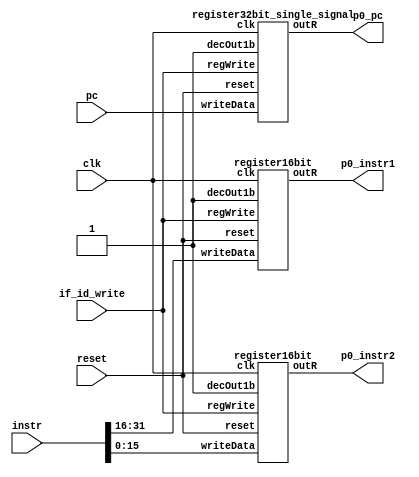
//CONTROL SIGNALS STILL LEFT
//NOOP, BUBBLE MAY REQUIRE REGWRITE, DECOUT SIGNALS
//HARDCODED 1s GIVEN RIGHT NOW
//(clk, reset, regWrite, decOut, writeData, outR)

module IF_ID(input clk, input reset,input if_id_write,  input [31:0] pc, input [31:0] instr,output [31:0] p0_pc, output [15:0] p0_instr1, output [15:0] p0_instr2);
	
	register32bit_single_signal pc_in(clk, reset, if_id_write, 1'b1, pc, p0_pc); //doubt for signals

	register16bit instr_1_in(clk, reset, if_id_write, 1'b1, instr[31:16], p0_instr1);

	register16bit instr_2_in(clk, reset, if_id_write, 1'b1, instr[15:0], p0_instr2);
endmodule

module ID_EX(input clk, input reset, input [31:0] imm, input [31:0] reg_rd, input [31:0] reg_rm, input [31:0] reg_rn, 
	input [31:0] reg_rd2, input [31:0] reg_rn2,input [2:0] rd, input [2:0] rm, input [2:0] rn, input [2:0] aluOp, input [1:0] aluSrc, input memRead,input memWrite,input regWrite1,input regWrite2,
	input [2:0] rd2, input [2:0] rn2, input [31:0] offset, input [3:0] flag, input causeWrite,input p0_op11,input p0_op12,
	output [31:0] p1_imm, output [31:0] p1_reg_rd, output [31:0] p1_reg_rm, output [31:0] p1_reg_rn, 
	output [31:0] p1_reg_rd2, output [31:0] p1_reg_rn2,output [2:0] p1_rd, output [2:0] p1_rm, output [2:0] p1_rn, output p1_causeWrite,
	output [2:0] p1_rd2, output [2:0] p1_rn2, output [31:0] p1_offset,output [3:0] p1_flag, output [2:0] p1_aluOp, output [1:0] p1_aluSrc, output p1_memRead,output p1_memWrite,output p1_regWrite1,output p1_regWrite2,output p1_op11,output p1_op12);
	
	register32bit_single_signal imm1( clk, reset, 1'b1, 1'b1, imm, p1_imm);

	register32bit_single_signal r_rd( clk, reset, 1'b1, 1'b1, reg_rd,  p1_reg_rd );
	register32bit_single_signal r_rn( clk, reset, 1'b1, 1'b1, reg_rn,  p1_reg_rn );
	register32bit_single_signal r_rm( clk, reset, 1'b1, 1'b1, reg_rm,  p1_reg_rm );


	register32bit_single_signal r_rn2( clk, reset, 1'b1, 1'b1, reg_rn2,  p1_reg_rn2 );
	register32bit_single_signal r_rd2( clk, reset, 1'b1, 1'b1, reg_rd2,  p1_reg_rd2 );

	register32bit_single_signal off( clk, reset, 1'b1, 1'b1, offset,  p1_offset );
	register3bit d( clk, reset, 1'b1, 1'b1, rd,  p1_rd );
	register3bit m( clk, reset, 1'b1, 1'b1, rm,  p1_rm );
	register3bit n( clk, reset, 1'b1, 1'b1, rn,  p1_rn );
	register3bit n2( clk, reset, 1'b1, 1'b1, rn2,  p1_rn2 );
	register3bit d2( clk, reset, 1'b1, 1'b1, rd2,  p1_rd2 );

	register1bit op11(clk, reset, 1'b1,1'b1, p0_op11, p1_op11);
	register1bit op12(clk, reset, 1'b1,1'b1, p0_op12, p1_op12);

	register3bit alOp( clk, reset, 1'b1, 1'b1, aluOp,  p1_aluOp);
	register2bit aluSc( clk, reset, 1'b1,1'b1, aluSrc, p1_aluSrc );
	register1bit memRd(clk, reset, 1'b1,1'b1, memRead, p1_memRead);
	register1bit memWt(clk, reset, 1'b1,1'b1, memWrite, p1_memWrite);
	register1bit regWt1(clk, reset, 1'b1,1'b1, regWrite1, p1_regWrite1);
	register1bit regWt2(clk, reset, 1'b1,1'b1, regWrite2, p1_regWrite2);
	register1bit cause(clk, reset, 1'b1,1'b1, causeWrite, p1_causeWrite);
	register4bit flg(clk, reset, 1'b1,1'b1,flag,p1_flag);
	endmodule

module EX_MEM(input clk, input reset, input [2:0] p1_rd1, input [31:0] aluOut, input [3:0] p1_flag, input [31:0] adderOut, input [2:0] p1_rd2, 
input [2:0] p1_aluOp, input [1:0] p1_aluSrc, input p1_memRead,input p1_memWrite,input p1_regWrite1,input p1_regWrite2,input [31:0] p1_reg_rd2,
output [2:0] p2_rd1, output [31:0] p2_aluOut, output [31:0] p2_adderOut, output [2:0] p2_rd2,output [3:0] p2_flag, output [2:0] p2_aluOp, 
output [1:0] p2_aluSrc, output p2_memRead,output p2_memWrite,output p2_regWrite1,output p2_regWrite2, output [31:0] p2_reg_rd2);

	register3bit d1( clk, reset, 1'b1, 1'b1, p1_rd1, p2_rd1);
	register32bit_single_signal alu1( clk, reset, 1'b1, 1'b1, aluOut, p2_aluOut );
	register4bit fl( clk,  reset,  1'b1,  1'b1, p1_flag, p2_flag );
	register32bit_single_signal alu2( clk, reset, 1'b1, 1'b1, adderOut, p2_adderOut );
	register3bit d2( clk, reset, 1'b1, 1'b1, p1_rd2, p2_rd2 );
	register32bit_single_signal reg_d2( clk, reset, 1'b1, 1'b1, p1_reg_rd2, p2_reg_rd2 );
	register3bit alOp( clk, reset, 1'b1, 1'b1, p1_aluOp,  p2_aluOp);
	register2bit aluSc( clk, reset, 1'b1,1'b1, p1_aluSrc,p2_aluSrc  );
	register1bit memRd(clk, reset, 1'b1,1'b1, p1_memRead, p2_memRead);
	register1bit memWt(clk, reset, 1'b1,1'b1, p1_memWrite, p2_memWrite);
	register1bit regWt1(clk, reset, 1'b1,1'b1, p1_regWrite1, p2_regWrite1);
	register1bit regWt2(clk, reset, 1'b1,1'b1, p1_regWrite2, p2_regWrite2);
endmodule

module MEM_WB(input clk, input reset, input [2:0] p2_rd1, input [31:0] p2_aluOut, input [3:0] p2_flag, input [31:0] memOut, input [2:0] p2_rd2,
input p2_regWrite1,input p2_regWrite2,
output [2:0] p3_rd1, output [31:0] p3_aluOut, output [3:0] p3_flag, output [31:0] p3_memOut, output [2:0] p3_rd2,output p3_regWrite1,output p3_regWrite2);

	register3bit rd( clk, reset, 1'b1, 1'b1, p2_rd1, p3_rd1 );
	register32bit_single_signal alu1( clk, reset, 1'b1, 1'b1, p2_aluOut, p3_aluOut );
	register4bit fl( clk,  reset,  1'b1,  1'b1, p2_flag, p3_flag );
	register32bit_single_signal alu2( clk, reset, 1'b1, 1'b1, memOut, p3_memOut );
	register3bit rd2( clk, reset, 1'b1, 1'b1, p2_rd2, p3_rd2 );
	register1bit regWt1(clk, reset, 1'b1,1'b1, p2_regWrite1, p3_regWrite1);
	register1bit regWt2(clk, reset, 1'b1,1'b1, p2_regWrite2, p3_regWrite2);
	
endmodule

module zext5_to_32(input [4:0] offset,output reg [31:0] zero_ext_offset);
	always@(offset)
		begin
			zero_ext_offset={{27{1'b0}},offset};
		end

endmodule

module zext16_to_32(input [15:0] offset,output reg [31:0] zero_ext_offset);
	always@(offset)
		begin
			zero_ext_offset={{16{1'b0}},offset};
		end

endmodule


module sext11_to_28(input [10:0] offset,output reg [27:0] zero_ext_offset);
	always@(offset)
		begin
			zero_ext_offset={{17{offset[10]}},offset};
		end

endmodule

module sext8_to_32(input [7:0] offset,output reg [31:0] zero_ext_offset);
	always@(offset)
		begin
			zero_ext_offset={{24{offset[7]}},offset};
		end
endmodule

 module mux_2_to_1(input [31:0] line1,input[31:0] line2,input select,output reg [31:0] muxOut); 
   always @ (line1,line2,select) begin
     case(select)
       1'b0 : muxOut = line1;
       1'b1 : muxOut = line2;
     endcase
   end
 endmodule

 module mux_3_to_1(input [31:0] line1,input[31:0] line2,input[31:0] line3,input [1:0] select,output reg [31:0] muxOut); 
   always @ (line1,line2,line3,select) begin
     case(select)
       2'b00 : muxOut = line1;
       2'b01 : muxOut = line2;
       2'b10 : muxOut = line3;
     endcase
   end
 endmodule

module mux_4_to_1(input [31:0] line1,input[31:0] line2,input[31:0] line3,input[31:0] line4,input [1:0] select,output reg [31:0] muxOut); 
   always @ (line1,line2,line3,line4,select) begin
     case(select)
       2'b00 : muxOut = line1;
       2'b01 : muxOut = line2;
       2'b10 : muxOut = line3;
       2'b11: muxOut=line4;
     endcase
   end
 endmodule



 module shiftleft_1bit(input [31:0] zero_ext_offset,output reg [31:0] left_shifted_zero_extended_offset);
 	always@(zero_ext_offset)
 	begin
 		left_shifted_zero_extended_offset=zero_ext_offset<<1;

 	end
 endmodule

 module shiftleft_2bit(input [27:0] sign_ext_offset,output reg [27:0] left_shifted_sign_extended_offset);
 	always@(sign_ext_offset)
 	begin
 		left_shifted_sign_extended_offset=sign_ext_offset<<2;

 	end
 endmodule
 
 module shiftleft_2bit_32(input [31:0] sign_ext_offset,output reg [31:0] left_shifted_sign_extended_offset);
 	always@(sign_ext_offset)
 	begin
 		left_shifted_sign_extended_offset=sign_ext_offset<<2;

 	end
 endmodule

//in top module modify neg flag with msb of memOut
module ctrlCkt	(	input [4:0] opcode1,input [4:0] opcode2, input negFlag, input overflowFlag,input [1:0] func, output reg [2:0] aluOp,
output reg [1:0] aluSrcSet1,output reg regWrite2, output reg memRead, output reg memWrite, output reg [1:0] pcSrc, output reg regWrite1, 
output reg exFlush, output reg ifFlush, output reg idFlush, output reg causeWrite);
	
	always@(opcode1 or opcode2 or negFlag or overflowFlag or func)
	    begin
	      idFlush = 0;
	      ifFlush = 0;
	      exFlush = 0;
	      pcSrc=2'b00;
	      causeWrite = 0;
		case(opcode1)
			5'b00011:
			begin
				//000 for add
				if(func == 2'b00) aluOp=3'b000;
				//001 for sub
				if(func == 2'b01) aluOp=3'b001;
				aluSrcSet1=2'b00; //for Rm
				
				regWrite1 = 1;
				if(overflowFlag == 1)
	    begin
	      idFlush = 1;
	      ifFlush = 1;
	      exFlush = 1;
	      causeWrite = 0;
	      pcSrc = 2'b11;
	    end
			end
			5'b00010:
			begin
				//010 for shift
				aluOp=3'b010;
				aluSrcSet1=2'b01; // for Immediate
				
				regWrite1 = 1;
				if(overflowFlag == 1)
	    begin
	      idFlush = 1;
	      ifFlush = 1;
	        exFlush = 1;
	      causeWrite = 0;
	      pcSrc = 2'b11;
	    end
			end
			5'b01000:
			begin
				
				if(func == 2'b00) 
				begin
					//011 for tst
					aluOp=3'b011;
					regWrite1 = 0;
				end
				
				if(func == 2'b01)
				begin
					//100 for bic
					aluOp=3'b100;
					regWrite1 = 1;
				end
				aluSrcSet1=2'b10; // for Rd
				if(overflowFlag == 1)
	    begin
	      idFlush = 1;
	      ifFlush = 1;
	        exFlush = 1;
	      causeWrite = 0;
	      pcSrc = 2'b11;
	    end
			end
			5'b00000:
				  begin
				    aluOp=3'b000;
				    aluSrcSet1=2'b00;
						regWrite1=0;
						if(overflowFlag == 1)
	    begin
	      idFlush = 1;
	      ifFlush = 1;
	        exFlush = 1;
	      causeWrite = 0;
	      pcSrc = 2'b11;
	    end
					end
			default:
				begin
						causeWrite=1;
						pcSrc = 2'b11;
						ifFlush = 1;
						  idFlush = 1;
				end
		endcase
		case(opcode2)
			//for second set
					//regDst is always Rd in set2
				5'b01111:		
					begin
						memRead=1;
						memWrite=0;
						regWrite2=1;
						if(overflowFlag == 1)
	    begin
	      idFlush = 1;
	      ifFlush = 1;
	        exFlush = 1;
	      causeWrite = 0;
	      pcSrc = 2'b11;
	    end
					end
				5'b01110:
					begin
						memRead=0;
						memWrite=1;
						regWrite2=0;
						if(overflowFlag == 1)
	    begin
	      idFlush = 1;
	      ifFlush = 1;
	        exFlush = 1;
	      causeWrite = 0;
	      pcSrc = 2'b11;
	    end
					end
				5'b11110:
					begin
						memRead=0;
						memWrite=0;
						regWrite2=0;
						ifFlush = 1;
						//01 for jump
						if(pcSrc == 2'b00)
						pcSrc=2'b01;
						if(overflowFlag == 1)
	    begin
	      idFlush = 1;
	      ifFlush = 1;
	        exFlush = 1;
	      causeWrite = 0;
	      pcSrc = 2'b11;
	    end
					end
				5'b11010:
					begin
						memRead=0;
						memWrite=0;
						regWrite2=0;
						//10 for branch
						
						if(negFlag==0 && pcSrc == 2'b00) pcSrc=2'b10;
						  if(overflowFlag == 1)
	    begin
	      idFlush = 1;
	      ifFlush = 1;
	        exFlush = 1;
	      causeWrite = 0;
	      pcSrc = 2'b11;
	    end
					end
				5'b00000:
				  begin
				    memRead=0;
						memWrite=0;
						regWrite2=0;
						
						if(overflowFlag == 1)
	    begin
	      idFlush = 1;
	      ifFlush = 1;
	        exFlush = 1;
	      causeWrite = 0;
	      pcSrc = 2'b11;
	    end
	    end
				default:
				begin
						causeWrite=1;
						pcSrc=2'b11;
						ifFlush=1;
						  idFlush=1;
						
				end
		endcase
	
		
	 end
endmodule

module alu(input [31:0] aluIn1, input [31:0] aluIn2, input [3:0] flagIn, input [2:0] aluOp,input p1_regWrite, output reg[31:0] aluOut, 
output reg[3:0] flagOut);
//order - N,Z,C,V
reg [32:0] temp;
reg [31:0] temp2;
always @ (aluIn1 or aluIn2 or aluOp or flagIn or p1_regWrite)
	begin
		flagOut = flagIn;
		if(p1_regWrite==0 && aluOp == 3'b0)
		  aluOut= 32'b0;
		else
		begin
		case(aluOp)
			3'b000: begin //ADD
				temp = aluIn1 + aluIn2;
				aluOut = aluIn1 + aluIn2;
				if(aluIn1[31]==0 && aluIn2[31]==0 && aluOut[31]==1) flagOut[0] = 1;//0 - V flag
				else if(aluIn1[31]==1 && aluIn2[31]==1 && aluOut[31]==0) flagOut[0] = 1;//0 - V flag
				else flagOut[0] = 0;
				if(temp[32]==1) flagOut[1] = 1;//1 - C flag
				else flagOut[1] = 0;
				if(aluOut == {32{1'b0}}) flagOut[2] = 1;//2 - Z flag
				else flagOut[2] = 0;
				if(aluOut[31] == 1) flagOut[3] = 1;//3 - N flag
				else flagOut[3] = 0;
				end
			3'b001: begin 
				//rd=rn-rm
				aluOut = aluIn1 - aluIn2;
				if(aluIn1[31]==1 && aluIn2[31]==0 && aluOut[31]==0) flagOut[0] = 1;//0 - V flag
				else if(aluIn1[31]==0 && aluIn2[31]==1 && aluOut[31]==1) flagOut[0] = 1;//0 - V flag
				else flagOut[0] = 0;
				if(aluIn1 < aluIn2) flagOut[1] = 1;//1 - C flag
				else flagOut[1] = 0;
				if(aluOut == {32{1'b0}}) flagOut[2] = 1;//2 - Z flag
				else flagOut[2] = 0;
				if(aluOut[31] == 1) flagOut[3] = 1;//3 - N flag
				else flagOut[3] = 0;
				end
			3'b010: begin
				//rn>>>imm
				aluOut = aluIn1 >>> aluIn2;
				temp2 = (aluIn2 - 1)%32;
				//CHECK!!
				flagOut[1] = aluIn2[temp2];//1 - C flag
				//
				if(aluOut == {32{1'b0}}) flagOut[2] = 1;//2 - Z flag
				else flagOut[2] = 0;
				if(aluOut[31] == 1) flagOut[3] = 1;//3 - N flag
			  else flagOut[3] = 0;
				end
			3'b011: begin
				
				aluOut = aluIn1 & aluIn2;
				//check this
				if(aluOut == {32{1'b0}}) flagOut[2] = 1;//2 - Z flag
				else flagOut[2] = 0;
				//if(aluOut[31] == 1) flagOut[3] = 1;//3 - N flag
				//else flagOut[3] = 0;
				end
			3'b100: begin
				aluOut = aluIn2 & (~aluIn1);
				//check this
				if(aluOut == {32{1'b0}}) flagOut[2] = 1;//2 - Z flag
				else flagOut[2] = 0;
				if(aluOut[31] == 1) flagOut[3] = 1;//3 - N flag
				else flagOut[3] = 0;
				end
		endcase
		end
		end
endmodule



module hazard_detection_unit(input [4:0] opcode2, input id_ex_memread, input id_ex_regWrite1,input[2:0] id_ex_Rd2,input [2:0] if_id_Rn1,
input [2:0] if_id_Rm1, input [2:0] if_id_Rd1, input [2:0] if_id_Rn2, input opcode_11,input opcode_12,output reg pcWrite,output reg if_id_write,
output reg ex_id_control);
	always@(id_ex_memread or id_ex_Rd2 or if_id_Rn1 or if_id_Rm1 or if_id_Rd1 or id_ex_Rd2 or if_id_Rn2 or opcode2 or id_ex_regWrite1)
		begin
		if_id_write=1;
		ex_id_control=0;//mux 	
		pcWrite=1;
		//included 2 stalls before each branch
		if((id_ex_memread && id_ex_Rd2==if_id_Rn1)||(id_ex_memread && id_ex_Rd2==if_id_Rm1&& opcode_11==1)||(id_ex_memread && id_ex_Rd2==if_id_Rd1 &&opcode_12==0)
		||(id_ex_memread && id_ex_Rd2==if_id_Rn2)||((id_ex_regWrite1) && opcode2 == 5'b11010))
			begin
				if_id_write=0;
				ex_id_control=1;//mux 	
				pcWrite=0;
			end	
		end 	
	
endmodule

//D flip flop
module D_ff (input clk, input reset, input regWrite, input decOut1b, input d, output reg q);
	always @ (negedge clk)
	begin
	if(reset==1'b1)
		q=0;
	else
		if(regWrite == 1'b1 && decOut1b==1'b1) begin q=d; end
		
	end
endmodule

module D_ff_regset (input clk, input reset, input regWrite_set1,input regWrite_set2, input decOut1b_set1,input decOut1b_set2, input init,
input d_s1,input d_s2, output reg q);
	always @ (posedge clk)
	begin
	if(reset==1'b1)
		q=init;
	else
		if(regWrite_set1 == 1'b1 && decOut1b_set1==1'b1) begin q=d_s1; end

		if(regWrite_set2 == 1'b1 && decOut1b_set2==1'b1) begin q=d_s2; end	
	end
endmodule

module register1bit( input clk, input reset, input regWrite, input decOut1b, input  writeData, output  outR );
	D_ff d0(clk, reset, regWrite, decOut1b, writeData, outR);
endmodule


module register2bit( input clk, input reset, input regWrite, input decOut1b, input[1:0] writeData, output[1:0]  outR );
	D_ff d0(clk, reset, regWrite, decOut1b, writeData[0], outR[0]);
	D_ff d1(clk, reset, regWrite, decOut1b, writeData[1], outR[1]);
	
endmodule


module register3bit( input clk, input reset, input regWrite, input decOut1b, input[2:0]  writeData, output[2:0]  outR );
	D_ff d0(clk, reset, regWrite, decOut1b, writeData[0], outR[0]);
	D_ff d1(clk, reset, regWrite, decOut1b, writeData[1], outR[1]);
	D_ff d2(clk, reset, regWrite, decOut1b, writeData[2], outR[2]);
	
endmodule

module register4bit( input clk, input reset, input regWrite, input decOut1b, input[3:0]  writeData, output[3:0]  outR );
	D_ff d0(clk, reset, regWrite, decOut1b, writeData[0], outR[0]);
	D_ff d1(clk, reset, regWrite, decOut1b, writeData[1], outR[1]);
	D_ff d2(clk, reset, regWrite, decOut1b, writeData[2], outR[2]);
	D_ff d3(clk, reset, regWrite, decOut1b, writeData[3], outR[3]);
	
endmodule

module register16bit( input clk, input reset, input regWrite, input decOut1b, input [15:0] writeData, output  [15:0] outR );
	D_ff d0(clk, reset, regWrite, decOut1b, writeData[0], outR[0]);
	D_ff d1(clk, reset, regWrite, decOut1b, writeData[1], outR[1]);
	D_ff d2(clk, reset, regWrite, decOut1b, writeData[2], outR[2]);
	D_ff d3(clk, reset, regWrite, decOut1b, writeData[3], outR[3]);
	D_ff d4(clk, reset, regWrite, decOut1b, writeData[4], outR[4]);
	D_ff d5(clk, reset, regWrite, decOut1b, writeData[5], outR[5]);
	D_ff d6(clk, reset, regWrite, decOut1b, writeData[6], outR[6]);
	D_ff d7(clk, reset, regWrite, decOut1b, writeData[7], outR[7]);
	D_ff d8(clk, reset, regWrite, decOut1b, writeData[8], outR[8]);
	D_ff d9(clk, reset, regWrite, decOut1b, writeData[9], outR[9]);
	D_ff d10(clk, reset, regWrite, decOut1b, writeData[10], outR[10]);
	D_ff d11(clk, reset, regWrite, decOut1b, writeData[11], outR[11]);
	D_ff d12(clk, reset, regWrite, decOut1b, writeData[12], outR[12]);
	D_ff d13(clk, reset, regWrite, decOut1b, writeData[13], outR[13]);
	D_ff d14(clk, reset, regWrite, decOut1b, writeData[14], outR[14]);
	D_ff d15(clk, reset, regWrite, decOut1b, writeData[15], outR[15]);
		
endmodule

module register32bit_single_signal( input clk, input reset, input regWrite, input decOut1b, input [31:0] writeData, output  [31:0] outR );
	D_ff d0(clk, reset, regWrite, decOut1b, writeData[0], outR[0]);
	D_ff d1(clk, reset, regWrite, decOut1b, writeData[1], outR[1]);
	D_ff d2(clk, reset, regWrite, decOut1b, writeData[2], outR[2]);
	D_ff d3(clk, reset, regWrite, decOut1b, writeData[3], outR[3]);
	D_ff d4(clk, reset, regWrite, decOut1b, writeData[4], outR[4]);
	D_ff d5(clk, reset, regWrite, decOut1b, writeData[5], outR[5]);
	D_ff d6(clk, reset, regWrite, decOut1b, writeData[6], outR[6]);
	D_ff d7(clk, reset, regWrite, decOut1b, writeData[7], outR[7]);
	D_ff d8(clk, reset, regWrite, decOut1b, writeData[8], outR[8]);
	D_ff d9(clk, reset, regWrite, decOut1b, writeData[9], outR[9]);
	D_ff d10(clk, reset, regWrite, decOut1b, writeData[10], outR[10]);
	D_ff d11(clk, reset, regWrite, decOut1b, writeData[11], outR[11]);
	D_ff d12(clk, reset, regWrite, decOut1b, writeData[12], outR[12]);
	D_ff d13(clk, reset, regWrite, decOut1b, writeData[13], outR[13]);
	D_ff d14(clk, reset, regWrite, decOut1b, writeData[14], outR[14]);
	D_ff d15(clk, reset, regWrite, decOut1b, writeData[15], outR[15]);
	D_ff d16(clk, reset, regWrite, decOut1b, writeData[16], outR[16]);
	D_ff d17(clk, reset, regWrite, decOut1b, writeData[17], outR[17]);
	D_ff d18(clk, reset, regWrite, decOut1b, writeData[18], outR[18]);
	D_ff d19(clk, reset, regWrite, decOut1b, writeData[19], outR[19]);
	D_ff d20(clk, reset, regWrite, decOut1b, writeData[20], outR[20]);
	D_ff d21(clk, reset, regWrite, decOut1b, writeData[21], outR[21]);
	D_ff d22(clk, reset, regWrite, decOut1b, writeData[22], outR[22]);
	D_ff d23(clk, reset, regWrite, decOut1b, writeData[23], outR[23]);
	D_ff d24(clk, reset, regWrite, decOut1b, writeData[24], outR[24]);
	D_ff d25(clk, reset, regWrite, decOut1b, writeData[25], outR[25]);
	D_ff d26(clk, reset, regWrite, decOut1b, writeData[26], outR[26]);
	D_ff d27(clk, reset, regWrite, decOut1b, writeData[27], outR[27]);
	D_ff d28(clk, reset, regWrite, decOut1b, writeData[28], outR[28]);
	D_ff d29(clk, reset, regWrite, decOut1b, writeData[29], outR[29]);
	D_ff d30(clk, reset, regWrite, decOut1b, writeData[30], outR[30]);
	D_ff d31(clk, reset, regWrite, decOut1b, writeData[31], outR[31]);
		
endmodule

 
//Register File
module register32bit( input clk, input reset, input regWrite_set1,input regWrite_set2, input decOut1b_set1,input decOut1b_set2, input [31:0] init, 
input [31:0] writeData_set1,input[31:0] writeData_set2, output  [31:0] outR );
  
	D_ff_regset d[31:0](clk, reset, regWrite_set1,regWrite_set2, decOut1b_set1,decOut1b_set2,init, writeData_set1,writeData_set2, outR);
		
endmodule

module registerSet( input clk, input reset, input regWrite_set1,input regWrite_set2, input [7:0] decOut_set1,input[7:0] decOut_set2, 
input [31:0] writeData_set1,input[31:0] writeData_set2 ,output [31:0] outR0,outR1,outR2,outR3,outR4,outR5,outR6,outR7);
    //r0=0
		register32bit r0 (clk, reset, 1'b0,1'b0, decOut_set1[0] ,decOut_set2[0],32'b 000_0000_0000_00000_000_0000_0000_00000, 
		writeData_set1,writeData_set2 , outR0 );
		//r1=1
		register32bit r1 (clk, reset, regWrite_set1,regWrite_set2, decOut_set1[1] ,decOut_set2[1], 32'b 000_0000_0000_00000_000_0000_0000_00001,
		 writeData_set1,writeData_set2 , outR1 );
		 //r2=2
		register32bit r2 (clk, reset, regWrite_set1,regWrite_set2, decOut_set1[2] ,decOut_set2[2], 32'b 000_0000_0000_00000_000_0000_0000_00010, 
		writeData_set1,writeData_set2 , outR2 );
		//..and so on initially
		register32bit r3 (clk, reset, regWrite_set1,regWrite_set2, decOut_set1[3] ,decOut_set2[3], 32'b 011_1111_1111_11111_111_1111_1111_11111, 
		writeData_set1,writeData_set2 , outR3 );
		register32bit r4 (clk, reset, regWrite_set1,regWrite_set2, decOut_set1[4] ,decOut_set2[4], 32'b 000_0000_0000_00000_000_0000_0000_00100, 
		writeData_set1,writeData_set2 , outR4 );
		register32bit r5 (clk, reset, regWrite_set1,regWrite_set2, decOut_set1[5] ,decOut_set2[5], 32'b 000_0000_0000_00000_000_0000_0000_00101, 
		writeData_set1,writeData_set2 , outR5 );
		register32bit r6 (clk, reset, regWrite_set1,regWrite_set2, decOut_set1[6] ,decOut_set2[6], 32'b 000_0000_0000_00000_000_0000_0000_00110, 
		writeData_set1,writeData_set2 , outR6 );
		register32bit r7 (clk, reset, regWrite_set1,regWrite_set2, decOut_set1[7] ,decOut_set2[7], 32'b 000_0000_0000_00000_000_0000_0000_00111, 
		writeData_set1,writeData_set2 , outR7 );

endmodule

module adder_32bit(input[31:0] in1,input[31:0] in2,output reg[31:0] outp);
	always@(in1,in2)
		begin 
			outp=in1+in2;
		end
endmodule

module subtract_32bit(input[31:0] in1,input[31:0] in2,output reg[31:0] outp);
	always@(in1,in2)
		begin 
			outp=in1-in2;
		end
endmodule

module decoder3to8( input [2:0] destReg, output reg [7:0] decOut);
	always@(destReg)
	case(destReg)
			3'b000: decOut=8'b00000001; 
			3'b001: decOut=8'b00000010;
			3'b010: decOut=8'b00000100;
			3'b011: decOut=8'b00001000;
			3'b100: decOut=8'b00010000;
			3'b101: decOut=8'b00100000;
			3'b110: decOut=8'b01000000;
			3'b111: decOut=8'b10000000;
			
	endcase
endmodule

module decoder4to16( input [3:0] destReg, output reg [15:0] decOut);
	always@(destReg)
	case(destReg)
			4'b0000: decOut=16'b0000000000000001; 
			4'b0001: decOut=16'b0000000000000010;
			4'b0010: decOut=16'b0000000000000100;
			4'b0011: decOut=16'b0000000000001000;
			4'b0100: decOut=16'b0000000000010000;
			4'b0101: decOut=16'b0000000000100000;
			4'b0110: decOut=16'b0000000001000000;
			4'b0111: decOut=16'b0000000010000000;
			4'b1000: decOut=16'b0000000100000000; 
			4'b1001: decOut=16'b0000001000000000;
			4'b1010: decOut=16'b0000010000000000;
			4'b1011: decOut=16'b0000100000000000;
			4'b1100: decOut=16'b0001000000000000;
			4'b1101: decOut=16'b0010000000000000;
			4'b1110: decOut=16'b0100000000000000;
			4'b1111: decOut=16'b1000000000000000;
	endcase
endmodule

module mux_32bit_8to1( input [31:0] outR0,outR1,outR2,outR3,outR4,outR5,outR6,outR7,input [2:0] Sel, output reg [31:0] outBus );
	always@(outR0 or outR1 or outR2 or outR3 or outR4 or outR5 or outR6 or outR7 or Sel)
	case (Sel)
				3'b000: outBus=outR0;
				3'b001: outBus=outR1;
				3'b010: outBus=outR2;
				3'b011: outBus=outR3;
				3'b100: outBus=outR4;
				3'b101: outBus=outR5;
				3'b110: outBus=outR6;
				3'b111: outBus=outR7;
				
	endcase
endmodule

module mux_10bit_2to1( input [9:0] outR0,outR1,input  Sel, output reg [9:0] outBus );
	always@(outR0 or outR1 or Sel)
	case (Sel)
				1'b0:outBus=outR0;
				
				1'b1:outBus=outR1;
				
	endcase
endmodule

module registerFile(input clk, input reset, input regWrite_set1,inout regWrite_set2, input [2:0] srcRegA_set1, input [2:0] srcRegB_set1, 
input [2:0] srcRegC_set1, input[2:0] srcRegA_set2,input[2:0] srcRegB_set2,input [2:0] destReg_set1,input[2:0] destReg_set2,  input [31:0] writeData_set1,
input[31:0] writeData_set2, output [31:0] outBusA_set1, output [31:0] outBusB_set1,output [31:0] outBusC_set1, output [31:0] outBusA_set2, 
output [31:0] outBusB_set2 );
	wire [7:0] decOut_set1;
	wire [7:0] decOut_set2;
	wire [31:0] outR0,outR1,outR2,outR3,outR4,outR5,outR6,outR7;
	decoder3to8 d_set1 (destReg_set1,decOut_set1);
	decoder3to8 d_set2 (destReg_set2,decOut_set2);
	registerSet rSet0(clk, reset, regWrite_set1,regWrite_set2, decOut_set1,decOut_set2, writeData_set1,writeData_set2, outR0,outR1,outR2,outR3,outR4,outR5,outR6,outR7);
	mux_32bit_8to1 m1(outR0,outR1,outR2,outR3,outR4,outR5,outR6,outR7,srcRegA_set1,outBusA_set1);
	mux_32bit_8to1 m2(outR0,outR1,outR2,outR3,outR4,outR5,outR6,outR7,srcRegB_set1,outBusB_set1);
	mux_32bit_8to1 m3(outR0,outR1,outR2,outR3,outR4,outR5,outR6,outR7,srcRegC_set1,outBusC_set1);
	mux_32bit_8to1 m1_set2(outR0,outR1,outR2,outR3,outR4,outR5,outR6,outR7,srcRegA_set2,outBusA_set2);
	mux_32bit_8to1 m2_set2(outR0,outR1,outR2,outR3,outR4,outR5,outR6,outR7,srcRegB_set2,outBusB_set2);

endmodule

module flag( input clk, input reset, input regWrite, input decOut1b, input[3:0] writeData, output[3:0]  flagOut);
	//order - N,Z,C,V
	D_ff d0(clk, reset, regWrite, decOut1b, writeData[0], flagOut[0]);
	D_ff d1(clk, reset, regWrite, decOut1b, writeData[1], flagOut[1]);
	D_ff d2(clk, reset, regWrite, decOut1b, writeData[2], flagOut[2]);
	D_ff d3(clk, reset, regWrite, decOut1b, writeData[3], flagOut[3]);
endmodule

module D_ff_Mem (input clk, input reset, input regWrite, input decOut1b,input init, input d, output reg q);
	always @ (negedge clk)
	begin
	if(reset==1)
		q=init;
	else
		if(regWrite == 1 && decOut1b==1) begin q=d; end
	end
endmodule

module register_Mem(input clk,input reset,input regWrite,input decOut1b,input [31:0]init, input [31:0] d_in, output [31:0] q_out);
	D_ff_Mem dMem[31:0] (clk,reset,regWrite,decOut1b,init,d_in,q_out);
	endmodule
	
module Mem(input clk, input reset,input memWrite,input memRead, input [31:0] pc, input [31:0] dataIn,output [31:0] IR );
	wire [31:0] Qout0, Qout1, Qout2, Qout3, Qout4, Qout5, Qout6, Qout7,
					Qout8, Qout9, Qout10, Qout11, Qout12, Qout13, Qout14, Qout15;
	wire [15:0] decOut;
	
	decoder4to16 dec0( pc[5:2], decOut);
	
	register_Mem r0(clk,reset,memWrite,decOut[0],32'b 000_1100_1111_11001_011_1000_0001_01101,dataIn,Qout0); //add $r1,$r7,$r7 - sw $r5 $r5(0)
	register_Mem r1(clk,reset,memWrite,decOut[1],32'b 000_1101_0000_01010_011_1100_0001_01100,dataIn,Qout1); //sub $r2,$r1,$r0 - lw $r4 $r5(0)
	//register_Mem r2(clk,reset,memWrite,decOut[2],32'b 000_1100_1100_11010_110_1010_1000_00011,dataIn,Qout2); //Overflow - bne 3
	//register_Mem r2(clk,reset,memWrite,decOut[2],32'b 111_1000_0010_11011_110_1010_1000_00011,dataIn,Qout2); //Invalid - bne 3
	register_Mem r2(clk,reset,memWrite,decOut[2],32'b 000_1000_0011_00110_011_1000_0000_10010,dataIn,Qout2);//sft r6 r4 1 - sw r2 r2
	register_Mem r3(clk,reset,memWrite,decOut[3],32'b 010_0000_0111_00100_110_1010_1000_00011,dataIn,Qout3); //tst r4 r4 - bne 3
	
	//register_Mem r4(clk,reset,memWrite,decOut[4],32'b 000_0000_0000_00000_111_1000_0000_00101,dataIn,Qout4); //nop - j 5
	register_Mem r4(clk,reset,memWrite,decOut[4],32'b 000_0000_0000_00000_000_0000_0000_00000,dataIn,Qout4);//nop-nop
	register_Mem r5(clk,reset,memWrite,decOut[5],32'b 010_0001_1110_00111_000_0000_0000_00000,dataIn,Qout5); //bic r7 r0 - nop
	register_Mem r6(clk,reset,memWrite,decOut[6],32'b 000_1100_1111_11001_000_0000_0000_00000,dataIn,Qout6); //add $r1,$r7,$r7-nop
	register_Mem r7(clk,reset,memWrite,decOut[7],32'b 000_1100_1110_11101_011_1100_0000_10100,dataIn,Qout7);  //add r5 r3 r7 - lw r4 r2
	
	register_Mem r8(clk,reset,memWrite,decOut[8],32'b 010_0001_1110_00111_000_0000_0000_00000,dataIn,Qout8); //bic r7 r0 - nop
	register_Mem r9(clk,reset,memWrite,decOut[9],32'b 000_1100_1110_11101_011_1100_0000_10100,dataIn,Qout9); //add $r1,$r7,$r7-nop
	register_Mem r10(clk,reset,memWrite,decOut[10],32'b 010_0001_1110_00111_000_0000_0000_00000,dataIn,Qout10);//bic r7 r0 - nop 
	register_Mem r11(clk,reset,memWrite,decOut[11],32'b 000_1100_1110_11101_011_1100_0000_10100,dataIn,Qout11); //add $r1,$r7,$r7-nop
	
	register_Mem r12(clk,reset,memWrite,decOut[12],32'b 010_0001_1110_00111_000_0000_0000_00000,dataIn,Qout12);//bic r7 r0 - nop	
	register_Mem r13(clk,reset,memWrite,decOut[13],32'b 010_0001_1110_00111_000_0000_0000_00000,dataIn,Qout13); //add $r1,$r7,$r7-nop
	register_Mem r14(clk,reset,memWrite,decOut[14],32'b 010_0001_1110_00111_000_0000_0000_00000,dataIn,Qout14);//bic r7 r0 - nop 
	register_Mem r15(clk,reset,memWrite,decOut[15],32'b 010_0001_1110_00110_000_0000_0000_00000,dataIn,Qout15); //bic r6 r0 - nop
	
	
	
	
	
	
	mux16to1_32bit m0(Qout0,Qout1,Qout2,Qout3,Qout4,Qout5,Qout6,Qout7,Qout8,Qout9,Qout10,Qout11,Qout12,Qout13,Qout14,Qout15,pc[5:2],IR);
endmodule


module register_Mem_16(input clk,input reset,input regWrite,input decOut1b,input [15:0]init, input [15:0] d_in, output [15:0] q_out);
	D_ff_Mem dMem[15:0] (clk,reset,regWrite,decOut1b,init,d_in,q_out);
endmodule

module Mem_16bit(input clk, input reset,input memWrite,input memRead, input [31:0] pc, input [15:0] dataIn,output [15:0] IR );
	wire [15:0] Qout0, Qout1, Qout2, Qout3, Qout4, Qout5, Qout6, Qout7,
					Qout8, Qout9, Qout10, Qout11, Qout12, Qout13, Qout14, Qout15,decOut;
	
	decoder4to16 dec0( pc[3:0], decOut);
	
	register_Mem_16 r0(clk,reset,memWrite,decOut[0],16'b 000_0000_0000_00000,dataIn,Qout0); 
	register_Mem_16 r1(clk,reset,memWrite,decOut[1],16'b 000_0000_0000_00000,dataIn,Qout1); 
	register_Mem_16 r2(clk,reset,memWrite,decOut[2],16'b 000_0000_0000_00000,dataIn,Qout2); //All nops, change this
	register_Mem_16 r3(clk,reset,memWrite,decOut[3],16'b 000_0000_0000_00000,dataIn,Qout3); 
	
	register_Mem_16 r4(clk,reset,memWrite,decOut[4],16'b 000_0000_0000_00000,dataIn,Qout4); 
	register_Mem_16 r5(clk,reset,memWrite,decOut[5],16'b 000_0000_0000_00000,dataIn,Qout5); 
	register_Mem_16 r6(clk,reset,memWrite,decOut[6],16'b 000_0000_0000_00000,dataIn,Qout6); 
	register_Mem_16 r7(clk,reset,memWrite,decOut[7],16'b 000_0000_0000_00000,dataIn,Qout7);  
	
	register_Mem_16 r8(clk,reset,memWrite,decOut[8],16'b 000_0000_0000_00000,dataIn,Qout8); 
	register_Mem_16 r9(clk,reset,memWrite,decOut[9],16'b 000_0000_0000_00000,dataIn,Qout9); 
	register_Mem_16 r10(clk,reset,memWrite,decOut[10],16'b 000_0000_0000_00000,dataIn,Qout10); 
	register_Mem_16 r11(clk,reset,memWrite,decOut[11],16'b 000_0000_0000_00000,dataIn,Qout11); 
	
	register_Mem_16 r12(clk,reset,memWrite,decOut[12],16'b 000_0000_0000_00000,dataIn,Qout12);	
	register_Mem_16 r13(clk,reset,memWrite,decOut[13],16'b 000_0000_0000_00000,dataIn,Qout13); 
	register_Mem_16 r14(clk,reset,memWrite,decOut[14],16'b 000_0000_0000_00000,dataIn,Qout14); 
	register_Mem_16 r15(clk,reset,memWrite,decOut[15],16'b 000_0000_0000_00000,dataIn,Qout15); 
	
	mux16to1 mux_Mem(Qout0,Qout1,Qout2,Qout3,Qout4,Qout5,Qout6,Qout7,Qout8,Qout9,Qout10,Qout11,Qout12,Qout13,Qout14,Qout15,pc[3:0],IR);
endmodule

//ensure that the changes are made in the pipeline
module fwd(input [2:0] id_ex_Rn1,input [2:0] id_ex_Rm1,input [2:0] id_ex_Rd1,input [2:0] id_ex_Rn2,input op11,input op12,input ex_mem_regWrite1,
input mem_wb_regWrite2,
input mem_wb_regWrite1,input [2:0]ex_mem_Rd1,input [2:0] mem_wb_Rd1,input [2:0]id_ex_Rd2,input [2:0]ex_mem_Rd2,input [2:0] mem_wb_Rd2,output reg[1:0]Rn1_sel,
output reg[1:0]Rm1_sel,output reg[1:0]Rd1_sel,output reg[1:0]Rn2_sel,output reg[1:0]Rd2_sel);
	always@(id_ex_Rn1,id_ex_Rm1,id_ex_Rd1,id_ex_Rn2,op11,op12,ex_mem_regWrite1,mem_wb_regWrite1,ex_mem_Rd1,mem_wb_Rd1,mem_wb_Rd2,mem_wb_regWrite2)
		begin
			Rm1_sel=2'b00;
			Rd1_sel=2'b00;
			Rn1_sel=2'b00;
			Rn2_sel=2'b00;
			Rd2_sel=2'b00;
			//00-normal, 01-ex_mem aluOut, 10-mem_wb memOut, 11-mem_wb aluOut
			//for Rm1
			if(ex_mem_regWrite1==1 && ex_mem_Rd1!=3'b000 && op11==1 && ex_mem_Rd1==id_ex_Rm1)
				Rm1_sel=2'b01;
			//Load write is given priority over set 1 write in D_FF
			else if(mem_wb_regWrite2==1 && mem_wb_Rd2!=3'b000 && op11==1 && mem_wb_Rd2==id_ex_Rm1)
				Rm1_sel=2'b10;
			else if(mem_wb_regWrite1==1 && mem_wb_Rd1!=3'b000 && op11==1 && mem_wb_Rd1==id_ex_Rm1)
				Rm1_sel=2'b11;
			//for Rn1
			if(ex_mem_regWrite1==1 && ex_mem_Rd1!=3'b000 && ex_mem_Rd1==id_ex_Rn1)
				Rn1_sel=2'b01;
			else if(mem_wb_regWrite2==1 && mem_wb_Rd2!=3'b000 && mem_wb_Rd2==id_ex_Rn1)
				Rn1_sel=2'b10;
			else if(mem_wb_regWrite1==1 && mem_wb_Rd1!=3'b000 && mem_wb_Rd1==id_ex_Rn1)
				Rn1_sel=2'b11;
			//for Rd1
			if(op12==0 && ex_mem_regWrite1==1 && ex_mem_Rd1!=3'b000 && ex_mem_Rd1==id_ex_Rd1)
				Rd1_sel=2'b01;
			else if(mem_wb_regWrite2==1 && mem_wb_Rd2!=3'b000 && op12==0 && mem_wb_Rd2==id_ex_Rd1)
				Rd1_sel=2'b10;
			else if(op12==0 && mem_wb_regWrite1==1 && mem_wb_Rd1!=3'b000 && mem_wb_Rd1==id_ex_Rd1)
				Rd1_sel=2'b11;
			//for Rn2
			if(ex_mem_regWrite1==1 && ex_mem_Rd1!=3'b000 && ex_mem_Rd1==id_ex_Rn2)
				Rn2_sel=2'b01;
			else if(mem_wb_regWrite2==1 && mem_wb_Rd2!=3'b000 && mem_wb_Rd2==id_ex_Rn2)
				Rn2_sel=2'b10;
			else if(mem_wb_regWrite1==1 && mem_wb_Rd1!=3'b000 && mem_wb_Rd1==id_ex_Rn2)
				Rn2_sel=2'b11;
			//ensure the regWrite signals are present in pipeline
			if(ex_mem_regWrite1==1 && ex_mem_Rd1!=3'b000 && ex_mem_Rd1==id_ex_Rd2)
				Rd2_sel=2'b01;
			else if(mem_wb_regWrite2==1 && mem_wb_Rd2!=3'b000 && mem_wb_Rd2==id_ex_Rd2)
				Rd2_sel=2'b10;
			else if(mem_wb_regWrite1==1 && mem_wb_Rd1!=3'b000 && mem_wb_Rd1==id_ex_Rd2)
				Rd2_sel=2'b11;
		end
endmodule
		
module vliwTestBench;
	reg clk;
	reg reset;
	wire [31:0] Result1, Result2;
	topmodule uut (.clk(clk), .reset(reset), .p3_Alu_set1(Result1), .p3_Mem_set2(Result2));

	always
	#5 clk=~clk;
	
	initial
	begin
		clk=0; reset=1;
		#10  reset=0;	
		
		#250 $finish; 
	end
endmodule
			
module flagsetmodule(input[3:0] p2_flag,input regwrite2, input[31:0] memOut, output reg [3:0] flag);
	always@(p2_flag,memOut,regwrite2)
		begin 
			flag=p2_flag;

			if(memOut==31'b0 && regwrite2)
				flag[2]=1;

		end

endmodule

module topmodule(input clk,input reset, output [31:0] p3_Alu_set1, output [31:0] p3_Mem_set2);
wire pcWrite;
wire[31:0] pcOut,pcMuxOut,pcPlus4,pcBranch,imOut,p0_pc,zero_ext_offset,branchAdder2,pcMinus4,immZext_set1,immZext_set2;
wire[31:0] epcOut, Set2_imm,p1_imm,p1_reg_rd,p1_reg_rm,p1_reg_rn,p1_reg_rd2,p1_reg_rn2,p1_offset,memAdderOut,Rn1_mux,Rm1_mux, Rd1_mux,aluOut,p2_aluOut,p2_adderOut,p2_reg_rd2;
//check out the pcException waala
//IMOut from IM
wire[1:0] pcSrc,aluSrc,p1_aluSrc,p2_aluSrc,Rn1_sel,Rm1_sel;
wire[2:0] p3_rd1,p3_rd2,p1_aluOp,aluOp,p2_rd1,p2_aluOp,p2_rd2,p1_rd2,p1_rd,p1_rn,p1_rm,p1_rn2 ;
wire if_id_write,p3_regWrite1,p3_regWrite2, cause, p1_causeWrite,memRead,memWrite, regWrite1,regWrite2,causeWrite,p1_memRead,p1_memWrite,p1_regWrite1,p1_regWrite2;
wire ifFlush,idFlush,exFlush,p2_memRead,p2_memWrite,p2_regWrite1,p2_regWrite2;
wire[3:0] flagIn,flagOut,p1_flag,p2_flag,p3_flag,flag1;
wire[27:0] jump_ext_offset,pcJump;
wire[31:0] memOut,alu_In2, regRd_set1, reg_rn_set1,reg_rm_set1,reg_rd_set2, reg_rn_set2, Rd2_mux, Rn2_mux;
wire ex_id_control,p1_op11,p1_op12;
wire[1:0] Rd1_sel,Rn2_sel,Rd2_sel;
wire[15:0] memZext,p0_set1,p0_set2;
wire [9:0] ctrlOut;
		register32bit_single_signal pc(clk, reset, pcWrite, 1'b1, pcMuxOut, pcOut);
		//instantiate IM
		adder_32bit pc_adder1(pcOut,32'b00000000000000000000000000000100,pcPlus4); 
		mux_4_to_1 pcMux(pcPlus4,{p0_pc[31:28],pcJump},pcBranch,32'b11111111_11111111_11111111_111111_00,pcSrc,pcMuxOut); //pending is pcException
		
    Mem IM(clk, reset,1'b0,1'b1, pcOut,32'b0,imOut);
		IF_ID p0(clk,reset|ifFlush,if_id_write,pcPlus4,imOut, p0_pc, p0_set1, p0_set2);
		
		
		sext11_to_28 sextJump(p0_set2[10:0],jump_ext_offset);
		shiftleft_2bit jummka(jump_ext_offset,pcJump);

		registerFile regFile(clk,reset,p3_regWrite1,p3_regWrite2,p0_set1[2:0], p0_set1[5:3],p0_set1[8:6], p0_set2[2:0],p0_set2[5:3],
		p3_rd1,p3_rd2,  p3_Alu_set1,p3_Mem_set2, regRd_set1, reg_rn_set1,reg_rm_set1,reg_rd_set2, reg_rn_set2 );
		
		flag nzcv(clk, reset, 1'b1, 1'b1, p3_flag,  flagOut);

		sext8_to_32 sextBranch(p0_set2[7:0],zero_ext_offset);
		shiftleft_2bit_32 shiftBranch(zero_ext_offset,branchAdder2);
		adder_32bit pc_adder2(branchAdder2,p0_pc,pcBranch); 	

	
		subtract_32bit pc_subtractor(p0_pc,32'b00000000000000000000000000000100,pcMinus4); 

		zext5_to_32 set1_imm(p0_set1[10:6],immZext_set1);
		zext5_to_32 set2_imm(p0_set2[10:6],immZext_set2);

		ctrlCkt control(p0_set1[15:11],p0_set2[15:11], flagIn[3], flagIn[0],p0_set1[10:9],aluOp,aluSrc,regWrite2,memRead,  memWrite,  pcSrc, regWrite1, exFlush, ifFlush,  idFlush,causeWrite);
		
		//check working
		mux_10bit_2to1 toIdex( {aluOp,aluSrc,regWrite2,memRead,  memWrite,   regWrite1,causeWrite},{10{1'b0}},ex_id_control,ctrlOut);

		shiftleft_1bit shift_set2_imm(immZext_set2,Set2_imm);
		//v- flag[0]
		register32bit_single_signal epc(clk, reset, p1_causeWrite | flagOut[0], 1'b1, pcMinus4, epcOut);
		register1bit cause_reg(clk,reset,p1_causeWrite | flagOut[0],1'b1,flagOut[0],cause);
	
		hazard_detection_unit haz(p0_set2[15:11], p1_memRead, p1_regWrite1,p1_rd2,p0_set1[5:3],p0_set1[8:6], p0_set1[2:0],p0_set2[5:3],  p0_set1[11],p0_set1[12], pcWrite, if_id_write, ex_id_control);

		//add ex_id_control here
		ID_EX p1(clk,reset|idFlush, immZext_set1, regRd_set1,reg_rm_set1, reg_rn_set1,reg_rd_set2,reg_rn_set2,p0_set1[2:0],p0_set1[8:6],p0_set1[5:3], ctrlOut[9:7],ctrlOut[6:5],ctrlOut[3],ctrlOut[2],ctrlOut[1],
	ctrlOut[4],p0_set2[2:0], p0_set2[5:3], Set2_imm, flagOut, ctrlOut[0],p0_set1[11],p0_set1[12],p1_imm, p1_reg_rd, p1_reg_rm, p1_reg_rn, p1_reg_rd2, p1_reg_rn2, p1_rd,  p1_rm, p1_rn, p1_causeWrite,	p1_rd2, p1_rn2, p1_offset, p1_flag, p1_aluOp, p1_aluSrc,  p1_memRead,p1_memWrite, p1_regWrite1, p1_regWrite2,p1_op11,p1_op12);
		
		adder_32bit mem_adder2(Rn2_mux,p1_offset,memAdderOut); 	
		
		//mux for aluIn1 i/p doubts
		//mux for aluIn2 i/p doubts 
		mux_4_to_1 forRn1(p1_reg_rn,p2_aluOut,p3_Mem_set2,p3_Alu_set1,Rn1_sel,Rn1_mux); //Rn1
		mux_4_to_1 forRm1(p1_reg_rm,p2_aluOut,p3_Mem_set2,p3_Alu_set1,Rm1_sel,Rm1_mux); //Rm1
		mux_4_to_1 forRd1(p1_reg_rd,p2_aluOut,p3_Mem_set2,p3_Alu_set1,Rd1_sel,Rd1_mux); //Rd1
		mux_4_to_1 forRd2(p1_reg_rd2,p2_aluOut,p3_Mem_set2,p3_Alu_set1,Rn2_sel,Rd2_mux); //Rd2
		mux_4_to_1 forRn2(p1_reg_rn2,p2_aluOut,p3_Mem_set2,p3_Alu_set1,Rd2_sel,Rn2_mux); //Rn2
		
		mux_4_to_1 forRmALu(Rm1_mux,p1_imm,Rd1_mux,{32{1'b0}},p1_aluSrc,alu_In2); //Rn2
		
		alu ALU(Rn1_mux, alu_In2, p1_flag, p1_aluOp,p1_regWrite1, aluOut, flagIn);	
	
		EX_MEM p2(clk, exFlush|reset, p1_rd,  aluOut, flagIn, memAdderOut, p1_rd2,p1_aluOp, p1_aluSrc, p1_memRead,p1_memWrite, p1_regWrite1, p1_regWrite2, Rd2_mux,
	p2_rd1, p2_aluOut, p2_adderOut, p2_rd2, p2_flag, p2_aluOp,  p2_aluSrc, p2_memRead, p2_memWrite, p2_regWrite1, p2_regWrite2, p2_reg_rd2);


		//DM
		Mem_16bit dm(clk, reset,p2_memWrite,p2_memRead, p2_adderOut,p2_reg_rd2[15:0],memZext);

		zext16_to_32 z0(memZext,memOut);


		flagsetmodule setFlag(p2_flag,p2_regWrite2,memOut, flag1);

		//modify p2_flag to take care of by adding a module
		MEM_WB p3(clk, reset, p2_rd1,  p2_aluOut,flag1, memOut, p2_rd2, p2_regWrite1, p2_regWrite2, p3_rd1, p3_Alu_set1, p3_flag, p3_Mem_set2, p3_rd2, p3_regWrite1, p3_regWrite2);
		
		

	//pass p0
		fwd f0(p1_rn,p1_rm,p1_rd,p1_rn2 ,p1_op11,p1_op12,p2_regWrite1,  p3_regWrite2, p3_regWrite1,p2_rd1,p3_rd1,p1_rd2, p2_rd2,p3_rd2, Rn1_sel, Rm1_sel,Rd1_sel,Rn2_sel,Rd2_sel);

		//make reset of if/id and id/ex as i and idFlush resp. 
		//pipelines numbered 0,1,2,3
		//if memOut_MSB is 1, negFlag 1
		//if memOut == 0, zeroFlag 1 - both in mem stage, before putting in pipeline 3
		//put neg flag from pipeline 3 to ctrl ckt
		//put overflow flag from pipeline 2 to ctrl ckt
		//00-normal, 01-ex_mem aluOut, 10-mem_wb memOut, 11-mem_wb aluOut FOR 5 Forwarding Muxes.
		
endmodule

module mux16to1( input [15:0] outR0,outR1,outR2,outR3,outR4,outR5,outR6,outR7,outR8,outR9,outR10,outR11,outR12,outR13,outR14,outR15, input [3:0] Sel, output reg [15:0] outBus );
	always@(outR0 or outR1 or outR2 or outR3 or outR4 or outR5 or outR6 or outR7 or outR8 or outR9 or outR10 or outR11 or outR12 or outR13 or outR14 or outR15 or Sel)
	case (Sel)
				4'b0000: outBus=outR0;
				4'b0001: outBus=outR1;
				4'b0010: outBus=outR2;
				4'b0011: outBus=outR3;
				4'b0100: outBus=outR4;
				4'b0101: outBus=outR5;
				4'b0110: outBus=outR6;
				4'b0111: outBus=outR7;
				4'b1000: outBus=outR8;
				4'b1001: outBus=outR9;
				4'b1010: outBus=outR10;
				4'b1011: outBus=outR11;
				4'b1100: outBus=outR12;
				4'b1101: outBus=outR13;
				4'b1110: outBus=outR14;
				4'b1111: outBus=outR15;
	endcase
endmodule

module mux16to1_32bit( input [31:0] outR0,outR1,outR2,outR3,outR4,outR5,outR6,outR7,outR8,outR9,outR10,outR11,outR12,outR13,outR14,outR15, input [3:0] Sel, output reg [31:0] outBus );
	always@(outR0 or outR1 or outR2 or outR3 or outR4 or outR5 or outR6 or outR7 or outR8 or outR9 or outR10 or outR11 or outR12 or outR13 or outR14 or outR15 or Sel)
	case (Sel)
				4'b0000: outBus=outR0;
				4'b0001: outBus=outR1;
				4'b0010: outBus=outR2;
				4'b0011: outBus=outR3;
				4'b0100: outBus=outR4;
				4'b0101: outBus=outR5;
				4'b0110: outBus=outR6;
				4'b0111: outBus=outR7;
				4'b1000: outBus=outR8;
				4'b1001: outBus=outR9;
				4'b1010: outBus=outR10;
				4'b1011: outBus=outR11;
				4'b1100: outBus=outR12;
				4'b1101: outBus=outR13;
				4'b1110: outBus=outR14;
				4'b1111: outBus=outR15;
	endcase
endmodule